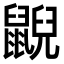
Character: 𪕨